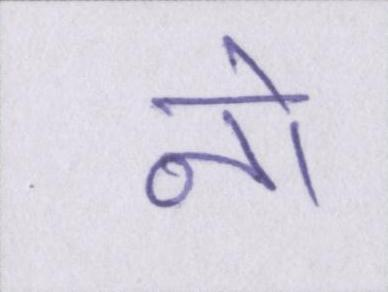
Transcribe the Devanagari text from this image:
नो